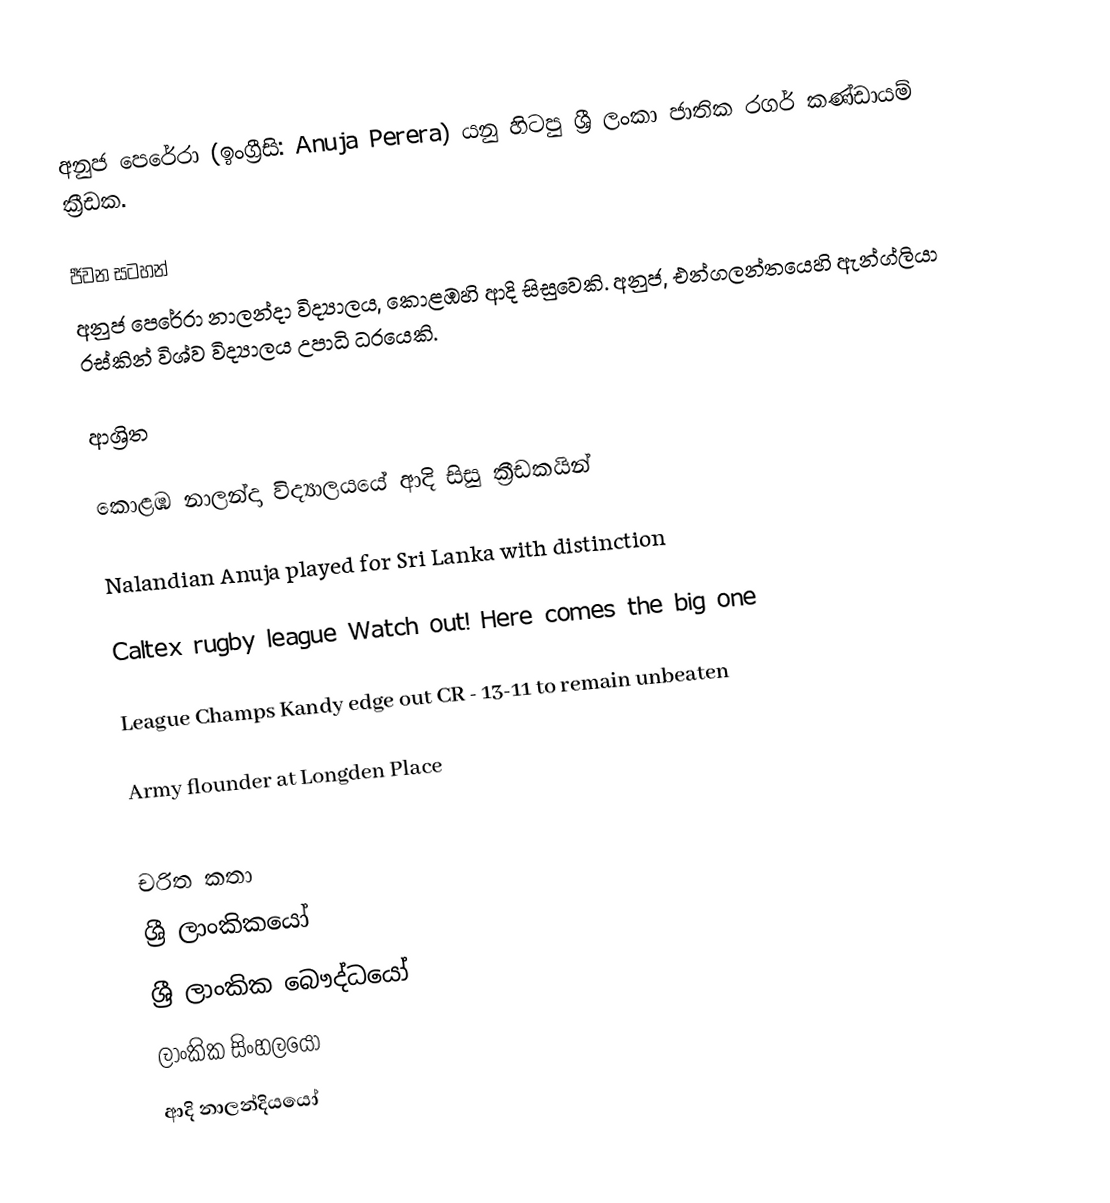
අනුජ පෙරේරා (ඉංග්‍රීසි: Anuja Perera) යනු හිටපු ශ්‍රී ලංකා ජාතික රගර් කණ්ඩායම් ක්‍රීඩක.

ජීවන සටහන්
අනුජ පෙරේරා  නාලන්දා විද්‍යාලය, කොළඹහි ආදි සිසුවෙකි. අනුජ, එන්ගලන්තයෙහි ඇන්ග්ලියා රස්කින් විශ්ව විද්‍යාලය උපාධි ධරයෙකි.

ආශ්‍රිත

 කොළඹ නාලන්දා විද්‍යාලයයේ ආදි සිසු ක්‍රීඩකයින්

 Nalandian Anuja played for Sri Lanka with distinction

 Caltex rugby league Watch out! Here comes the big one

 League Champs Kandy edge out CR - 13-11 to remain unbeaten

 Army flounder at Longden Place

චරිත කතා
ශ්‍රී ලාංකිකයෝ
ශ්‍රී ලාංකික බෞද්ධයෝ
ලාංකික සිංහලයෝ
ආදි නාලන්දියයෝ